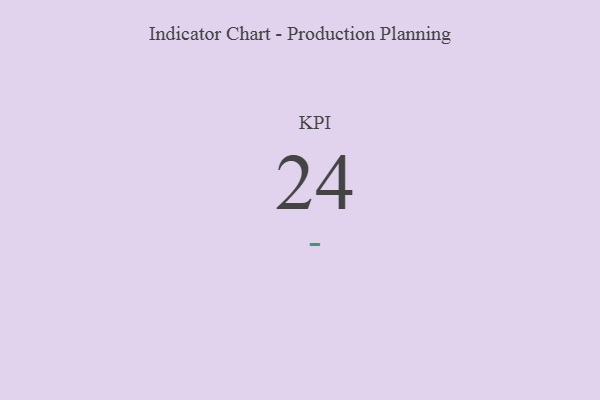
{"axis": {"x": "KPI", "y": "Value"}, "legend": [""], "data": [{"x": "KPI", "y": 24, "type": ""}]}